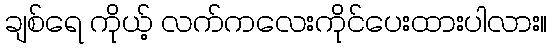
ချစ်ရေ ကိုယ့် လက်ကလေးကိုင်ပေးထားပါလား။